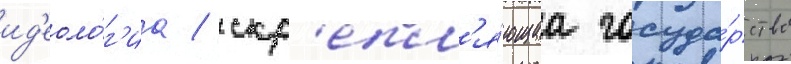
ид'еоло́г'иа / скр'епл'я́ющаа госуда́рство